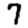
Digit: 7